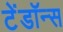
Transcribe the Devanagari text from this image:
टेंडॉन्स